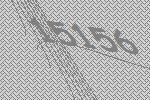
15156